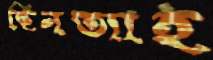
ছিনত্যাই